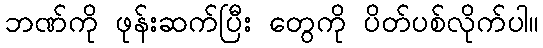
ဘဏ်ကို ဖုန်းဆက်ပြီး တွေကို ပိတ်ပစ်လိုက်ပါ။